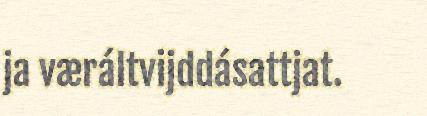
ja væráltvijddásattjat.